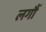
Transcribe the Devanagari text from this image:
लगौं